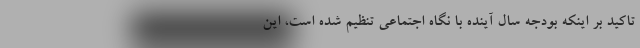
تاکید بر اینکه بودجه سال آینده با نگاه اجتماعی تنظیم شده است، این